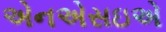
એનએસઇએ